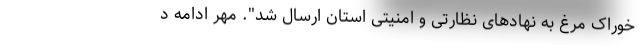
خوراک مرغ به نهادهای نظارتی و امنیتی استان ارسال شد". مهر ادامه د